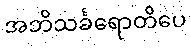
အဘိသင်္ခရောတိပေ